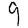
Digit: 9